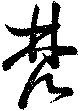
梵